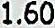
1.60